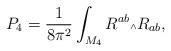
LaTeX: \begin{align*}P_4 = \frac{1}{8\pi^2}\int_{M_4}R^{ab}{\mbox{\tiny $\wedge$}}R_{ab},\end{align*}